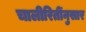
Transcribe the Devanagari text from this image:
चालीरितींनुसार